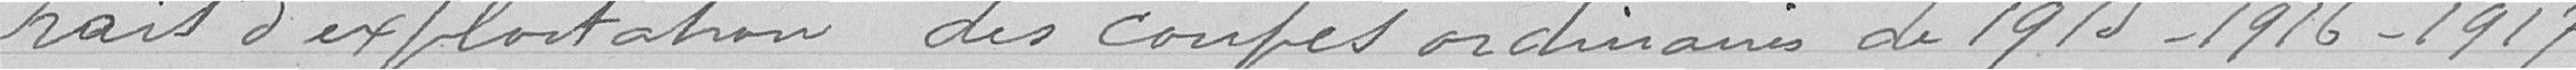
Frais d'exploitation des coupes ordinaires de 1915, 1916, 1917